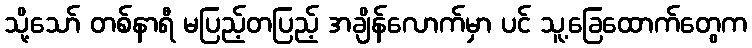
သို့သော် တစ်နာရီ မပြည့်တပြည့် အချိန်လောက်မှာ ပင် သူ့ခြေထောက်တွေက